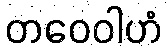
တဝေဝါဟံ